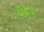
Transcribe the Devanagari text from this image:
टीकेने